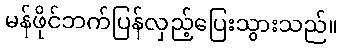
မန်ဖိုင်ဘက်ပြန်လှည့်ပြေးသွားသည်။